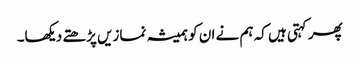
پھر کہتی ہیں کہ ہم نے ان کو ہمیشہ نمازیں پڑھتے دیکھا۔